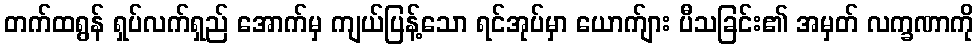
တက်ထရွန် ရှပ်လက်ရှည် အောက်မှ ကျယ်ပြန့်သော ရင်အုပ်မှာ ယောက်ျား ပီသခြင်း၏ အမှတ် လက္ခဏာကို